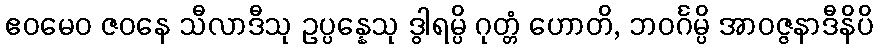
ဧဝမေဝ ဇဝနေ သီလာဒီသု ဥပ္ပန္နေသု ဒွါရမ္ပိ ဂုတ္တံ ဟောတိ, ဘဝင်္ဂမ္ပိ အာဝဇ္ဇနာဒီနိပိ